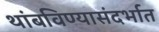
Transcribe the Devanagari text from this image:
थांबविण्यासंदर्भात